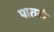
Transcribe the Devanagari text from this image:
पातळे